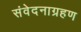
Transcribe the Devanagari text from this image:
संवेदनाग्रहण